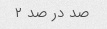
صد در صد ۲